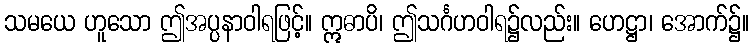
သမယေ ဟူသော ဤအပ္ပနာဝါရဖြင့်။ ဣဓာပိ၊ ဤသင်္ဂဟဝါရ၌လည်း။ ဟေဋ္ဌာ၊ အောက်၌။